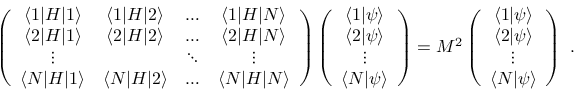
\left( \begin{array} { c c c c } { { \langle 1 | H | 1 \rangle } } & { { \langle 1 | H | 2 \rangle } } & { { \ldots } } & { { \langle 1 | H | N \rangle } } \\ { { \langle 2 | H | 1 \rangle } } & { { \langle 2 | H | 2 \rangle } } & { { \ldots } } & { { \langle 2 | H | N \rangle } } \\ { { \vdots } } & { { } } & { { \ddots } } & { { \vdots } } \\ { { \langle N | H | 1 \rangle } } & { { \langle N | H | 2 \rangle } } & { { \ldots } } & { { \langle N | H | N \rangle } } \end{array} \right) \left( \begin{array} { c } { { \langle 1 | \psi \rangle } } \\ { { \langle 2 | \psi \rangle } } \\ { { \vdots } } \\ { { \langle N | \psi \rangle } } \end{array} \right) = M ^ { 2 } \left( \begin{array} { c } { { \langle 1 | \psi \rangle } } \\ { { \langle 2 | \psi \rangle } } \\ { { \vdots } } \\ { { \langle N | \psi \rangle } } \end{array} \right) \ .